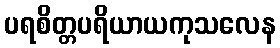
ပရစိတ္တပရိယာယကုသလေန